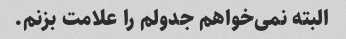
البته نمی‌خواهم جدولم را علامت بزنم.